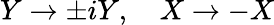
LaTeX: Y\rightarrow\pm iY,\ \ \ \ X\rightarrow-X